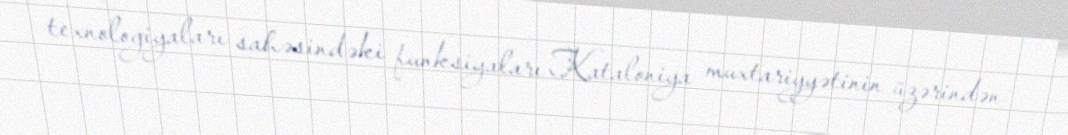
texnologiyaları sahəsindəki funksiyaları Kataloniya muxtariyyətinin üzərindən